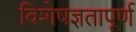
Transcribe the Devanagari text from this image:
विशेषज्ञतापूर्ण